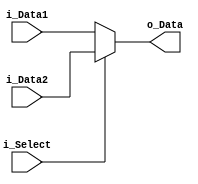
module Mux_2_To_1 (input  i_Select,
                   input  i_Data1,
                   input  i_Data2,
                   output o_Data);
 
  assign o_Data = (i_Select==0) ? i_Data1 : i_Data2;
 
endmodule // Mux_2_To_1

module Mux_2_To_1_Width #(parameter g_WIDTH = 8)
  (input  i_Select,
   input  [g_WIDTH-1:0] i_Data1,
   input  [g_WIDTH-1:0] i_Data2,
   output [g_WIDTH-1:0] o_Data);
   
  assign o_Data = (i_Select==0) ? i_Data1 : i_Data2;
   
endmodule // Mux_2_To_1_Width

module Mux_4_To_1 #(parameter g_WIDTH = 8)
	(input [1:0] i_Select,
   input [g_WIDTH-1:0] i_Data1,
   input [g_WIDTH-1:0] i_Data2,
   input [g_WIDTH-1:0] i_Data3,
   input [g_WIDTH-1:0] i_Data4,
   output [g_WIDTH-1:0] o_Data);
 
  reg [g_WIDTH-1:0] r_Data;
   
assign o_Data = i_Select[1] ? (i_Select[0] ? i_Data4 : i_Data3) :
                              (i_Select[0] ? i_Data2 : i_Data1);

// Alternatively:
always @(*)
begin
  case (i_Select)
    2'b00 : r_Data <= i_Data1;
    2'b01 : r_Data <= i_Data2;
    2'b10 : r_Data <= i_Data3;
    2'b11 : r_Data <= i_Data4;
  endcase // case (i_Select)
end

assign o_Data = r_Data;
     
endmodule // Mux_4_To_1